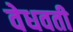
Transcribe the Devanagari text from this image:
वेधवती